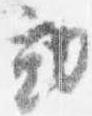
勤